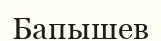
Бапышев